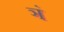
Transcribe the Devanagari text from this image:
ञं